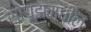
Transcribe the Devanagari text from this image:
सोयूझमधील